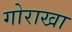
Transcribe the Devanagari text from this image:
गोराखा